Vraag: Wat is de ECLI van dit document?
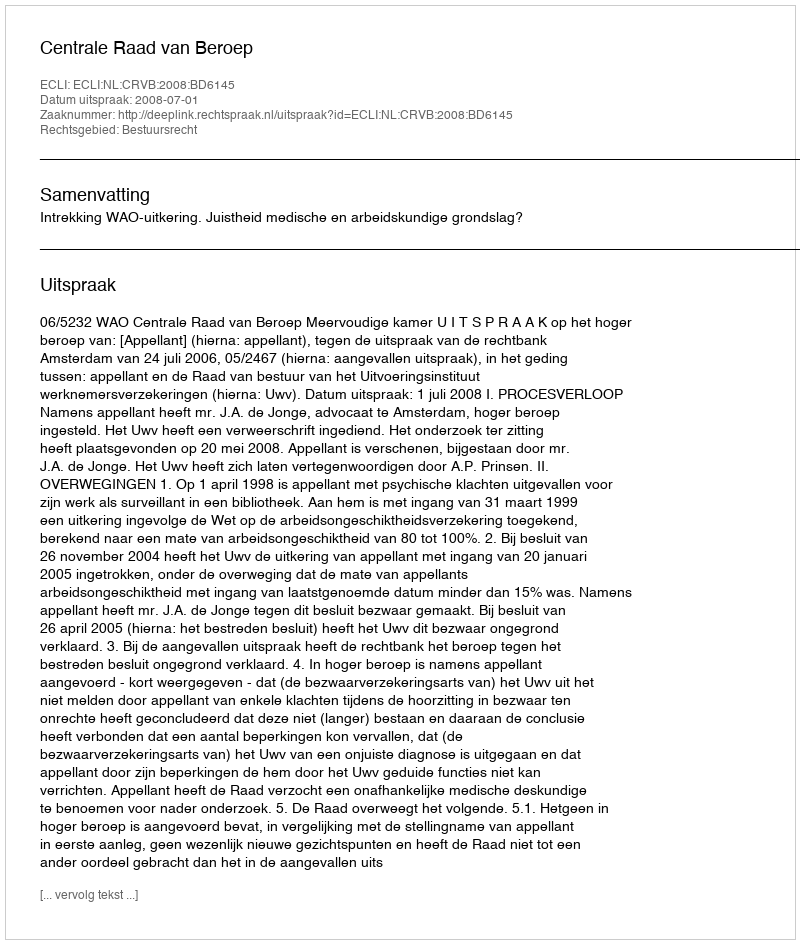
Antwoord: ECLI:NL:CRVB:2008:BD6145